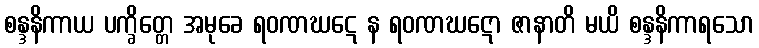
စန္ဒနိကာယ ပက္ခိတ္တေ အမုခေ ရဝဏဃဋေ န ရဝဏဃဋော ဇာနာတိ မယိ စန္ဒနိကာရသော